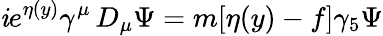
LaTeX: \mathit{i}e^{\eta(y)}\gamma^{\mu}\, D_{\mu}\Psi=m[\eta(y)-f]\gamma_{5}\Psi